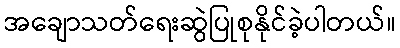
အချောသတ်ရေးဆွဲပြုစုနိုင်ခဲ့ပါတယ်။